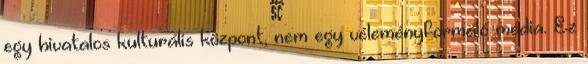
egy hivatalos kulturális központ, nem egy véleményformáló média. Ez